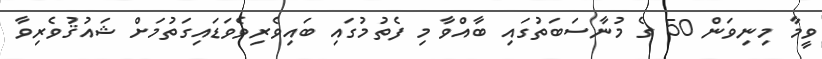
ވީމާ މިނިވަން 50 ގެ މުނާސަބަތުގައި ބާއްވާ މި ފެތުމުގައި ބައިވެރިވެވަޑައިގަތުމަށް ޝައުޤުވެރިވާ